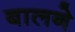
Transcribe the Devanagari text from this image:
बालने